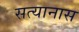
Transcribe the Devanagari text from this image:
सत्यानास